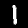
Digit: 1